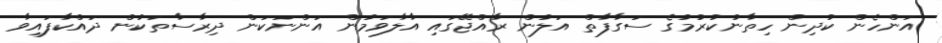
އަންހެން ކުދިން ހިތާނުކުރުމުގެ ސަގާފާތް އަލުން ރާއްޖޭގައި އާލާވަމުން އަންނަކަން ދިރާސާތަކުން ދައްކާފައިވާ